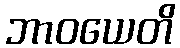
ဘာဝယေတိ